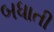
બધાતી